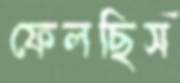
ফেলছিস